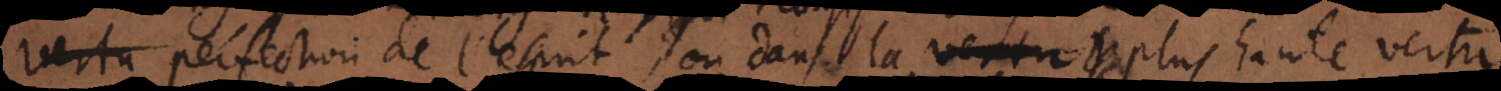
vertu perfection de l’esprit, ou dans la plus haute vertu.